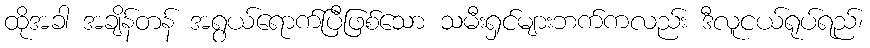
ထိုအခါ အချိန်တန် အရွယ်ရောက်ပြီဖြစ်သော သမီးရှင်များဘက်ကလည်း ဒီလူငယ်ရုပ်ရည်၊